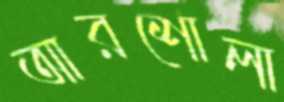
আরশোলা